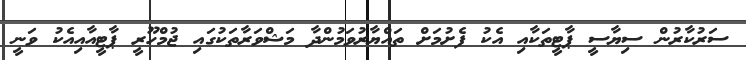
ސަރުކާރުން ސިޔާސީ ޕާޓީތަކާއި އެކު ފެށުމަށް ތައްޔާރުވަމުންދާ މަޝްވަރާތަކުގައި ޖުމްހޫރީ ޕާޓީއާއިއެކު ވަނީ